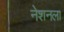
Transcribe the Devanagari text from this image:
नेशनला